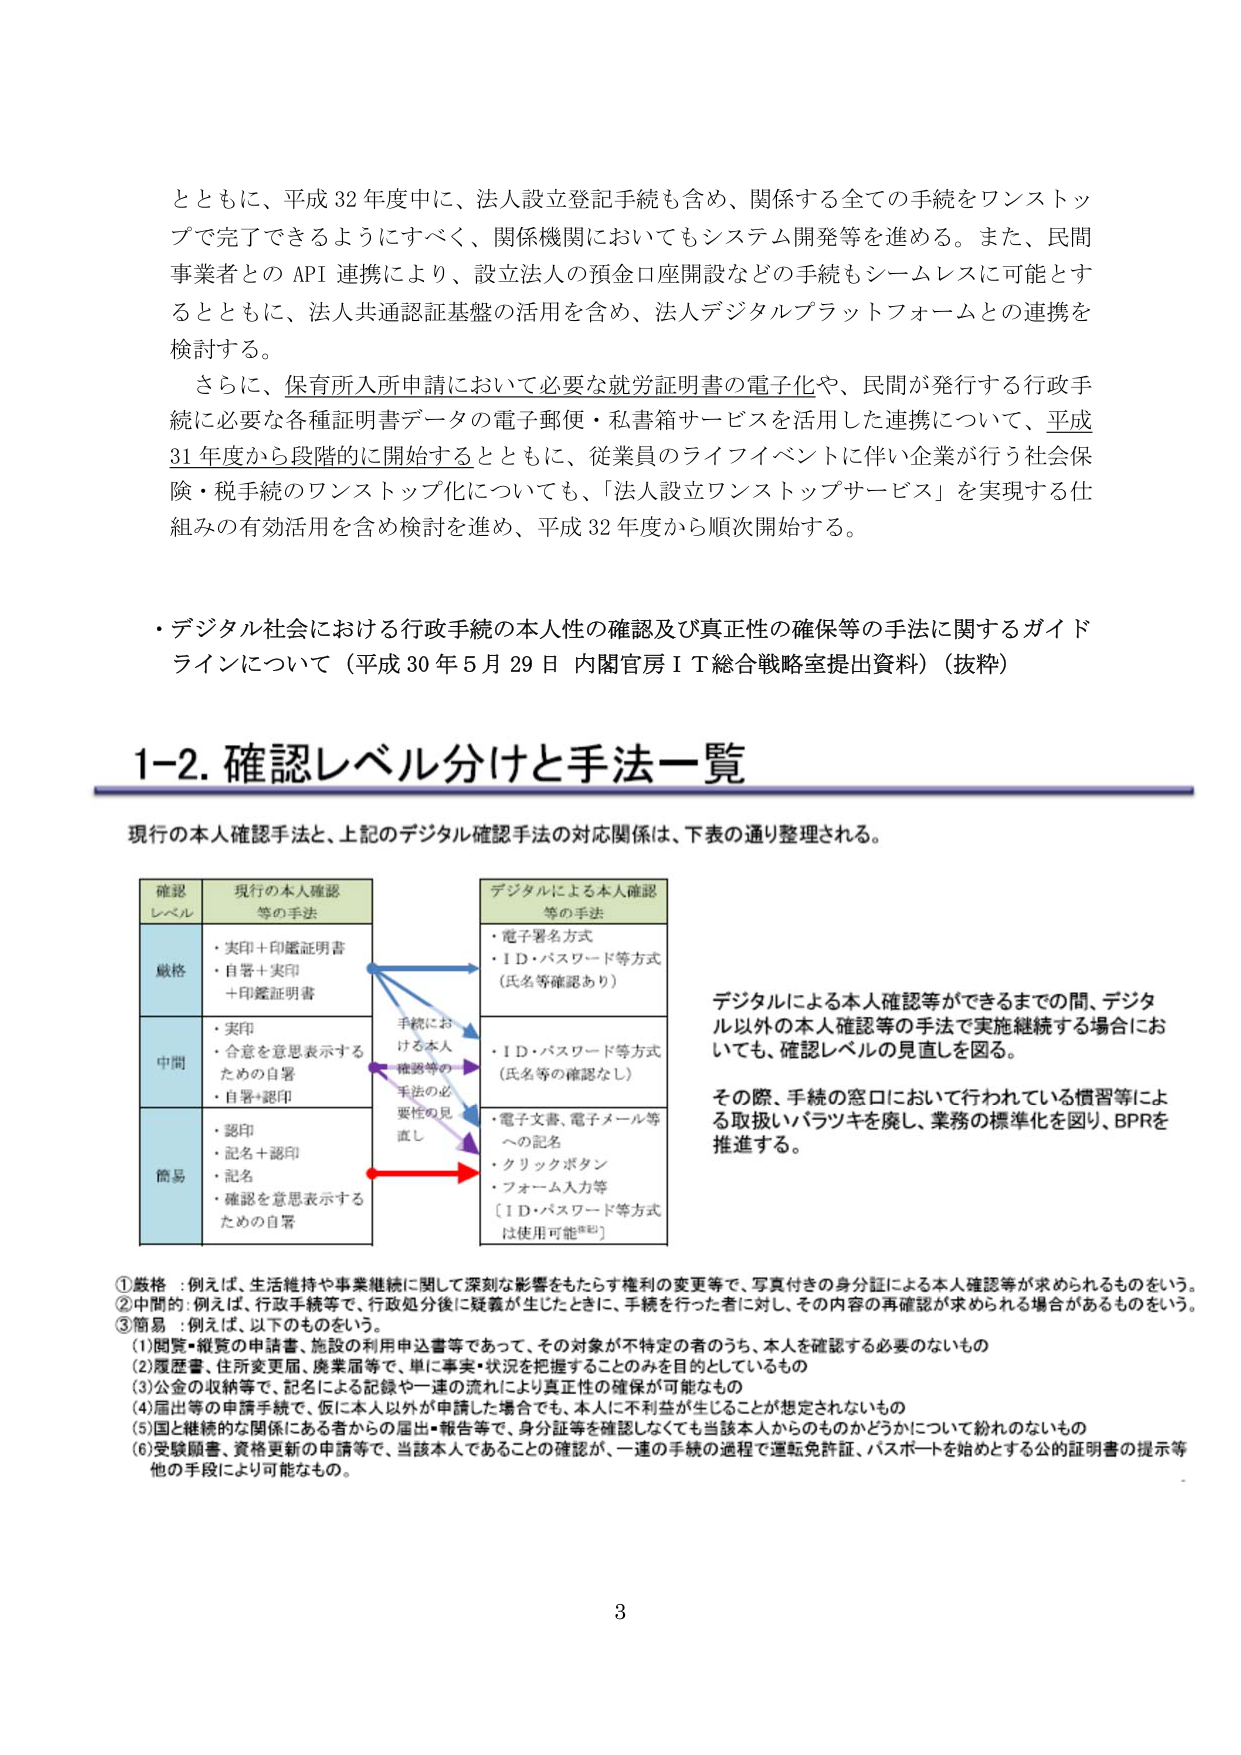
とともに、平成32年度中に、法人設立登記手続も含め、関係する全ての手続をワンストップで完了できるようにすべく、関係機関においてもシステム開発等を進める。また、民間事業者とのAPI連携により、設立法人の預金口座開設などの手続もシームレスに可能とするとともに、法人共通認証基盤の活用を含め、法人デジタルプラットフォームとの連携を検討する。

さらに、保育所入所申請において必要な就労証明書の電子化や、民間が発行する行政手続に必要な各種証明書データの電子郵便・私書箱サービスを活用した連携について、平成31年度から段階的に開始するとともに、従業員のライフイベントに伴い企業が行う社会保険・税手続のワンストップ化についても、「法人設立ワンストップサービス」を実現する仕組みの有効活用を含め検討を進め、平成32年度から順次開始する。

・デジタル社会における行政手続の本人性の確認及び真正性の確保等の手法に関するガイドラインについて（平成30年5月29日 内閣官房IT総合戦略室提出資料）（抜粋）

1-2. 確認レベル分けと手法一覧

現行の本人確認手法と、上記のデジタル確認手法の対応関係は、下表の通り整理される。

確認レベル　現行の本人確認等の手法　　　　　　　　　　デジタルによる本人確認等の手法
厳格　　　・実印＋印鑑証明書　　　　　　　　　　　　・電子署名方式
　　　　　・自署＋実印　　　　　　　　　　　　　　　・ID・パスワード等方式（氏名等確認あり）
　　　　　＋印鑑証明書

中間　　　・実印　　　　　　　　　　　　　　　　　　・ID・パスワード等方式（氏名等の確認なし）
　　　　　・合意を意思表示するための自署
　　　　　・自署＋認印

簡易　　　・認印　　　　　　　　　　　　　　　　　　・電子文書、電子メール等への記名
　　　　　・記名＋認印　　　　　　　　　　　　　　　・クリックボタン
　　　　　・記名　　　　　　　　　　　　　　　　　　・フォーム入力等
　　　　　・確認を意思表示するための自署　　　　　　［ID・パスワード等方式は使用可能※2］

手続における本人確認等の手法の必要性の見直し

デジタルによる本人確認等ができるまでの間、デジタル以外の本人確認等の手法で実施継続する場合においても、確認レベルの見直しを図る。

その際、手続の窓口において行われている慣習等による取扱いバラツキを廃し、業務の標準化を図り、BPRを推進する。

①厳格：例えば、生活維持や事業継続に関して深刻な影響をもたらす権利の変更等で、写真付きの身分証による本人確認等が求められるものをいう。
②中間：例えば、行政手続等で、行政処分後にも疑義が生じたときに、手続を行った者に対し、その内容の再確認が求められる場合があるものをいう。
③簡易：例えば、以下のものをいう。
(1)閲覧・縦覧の申請書、施設の利用申込書等であって、その対象が不特定の者のうち、本人を確認する必要のないもの
(2)履歴書、住所変更届、廃業届等で、単に事実・状況を把握することのみを目的としているもの
(3)公金の収納等で、記名による記録や一連の流れにより真正性の確保が可能なもの
(4)届出等の申請手続で、仮に本人以外が申請した場合でも、本人に不利益が生じることが想定されないもの
(5)国と継続的な関係にある者からの届出・報告等で、身分証等を確認しなくても当該本人からのものかどうかについて紛れのないもの
(6)受験願書、資格更新の申請等で、当該本人であることの確認が、一連の手続の過程で運転免許証、パスポートを始めとする公的証明書の提示等他の手段により可能なもの。

3